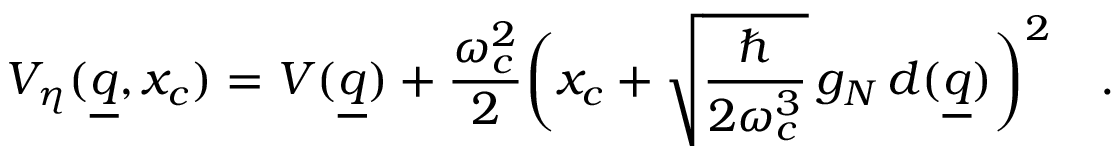
V _ { \eta } ( \underline { { q } } , x _ { c } ) = V ( \underline { { q } } ) + \frac { \omega _ { c } ^ { 2 } } { 2 } \biggl ( x _ { c } + \sqrt { \frac { \hbar } { 2 \omega _ { c } ^ { 3 } } } \, g _ { N } \, d ( \underline { { q } } ) \biggr ) ^ { 2 } \quad .